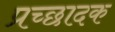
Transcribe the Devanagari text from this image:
प्रच्छादक